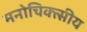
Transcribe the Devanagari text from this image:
मनोचिक्त्सीय